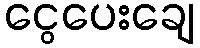
ငွေပေးချေ